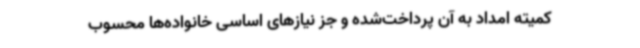
کمیته امداد به آن پرداخت‌شده و جز نیازهای اساسی خانواده‌ها محسوب